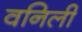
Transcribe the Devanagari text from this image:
वनिली